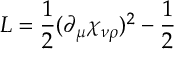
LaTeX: { \cal L } = \frac { 1 } { 2 } ( \partial _ { \mu } \chi _ { \nu \rho } ) ^ { 2 } - \frac { 1 } { 2 }